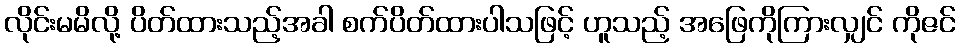
လိုင်းမမိလို့ ပိတ်ထားသည့်အခါ စက်ပိတ်ထားပါသဖြင့် ဟူသည့် အဖြေကိုကြားလျှင် ကိုဇင်